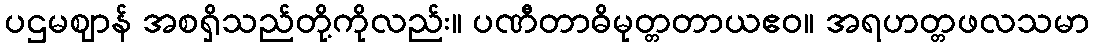
ပဌမဈာန် အစရှိသည်တို့ကိုလည်း။ ပဏီတာဓိမုတ္တတာယဧဝ။ အရဟတ္တဖလသမာ